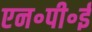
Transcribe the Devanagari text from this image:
एन॰पी॰ई